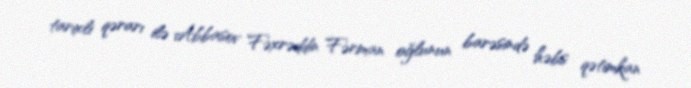
tarixli qərarı ilə Abbasov Fəxrəddin Fərman oğlunun barəsində həbs qətimkan